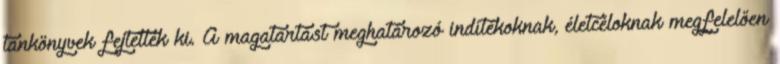
tankönyvek fejtették ki. A magatartást meghatározó indítékoknak, életcéloknak megfelelően